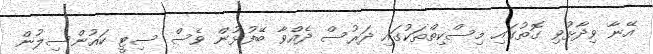
އޭނާ ވިދާޅުވި ގޮތުގައި މިސްކިތްތަކުގައި ދަރުސް ދެއްވާ ބޭފުޅުން ވެސް ސިޓީ ކައުންސިލުން